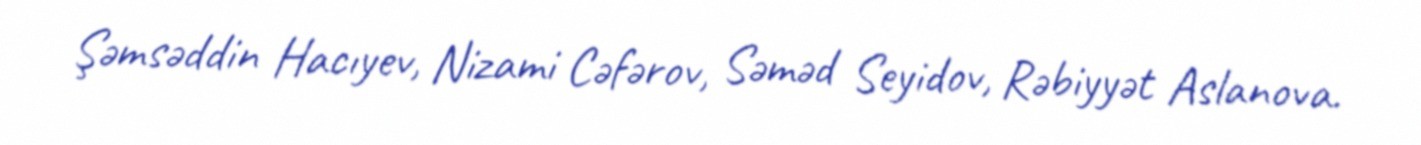
Şəmsəddin Hacıyev, Nizami Cəfərov, Səməd Seyidov, Rəbiyyət Aslanova.